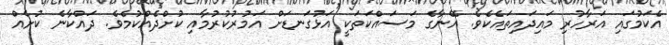
އެކަމުގައި އަރާހުރި މައިދައިތައެކެވެ. އޭނާގެ މަސައްކަތަކީ އަޅުގަނޑަށް އަމުރުކުރުމާއި ކުށްދެއްކުމެވެ. ދައްކާނެ ކުށެއް